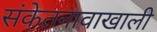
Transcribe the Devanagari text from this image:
संकेतनावाखाली